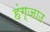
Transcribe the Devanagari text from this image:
हंग्जाउ